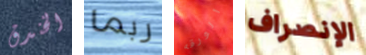
الخندق ربما الورقه الإنصراف